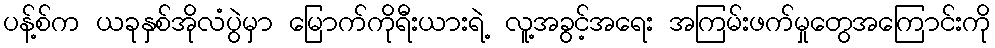
ပန့်စ်က ယခုနှစ်အိုလံပွဲမှာ မြောက်ကိုရီးယားရဲ့ လူ့အခွင့်အရေး အကြမ်းဖက်မှုတွေအကြောင်းကို